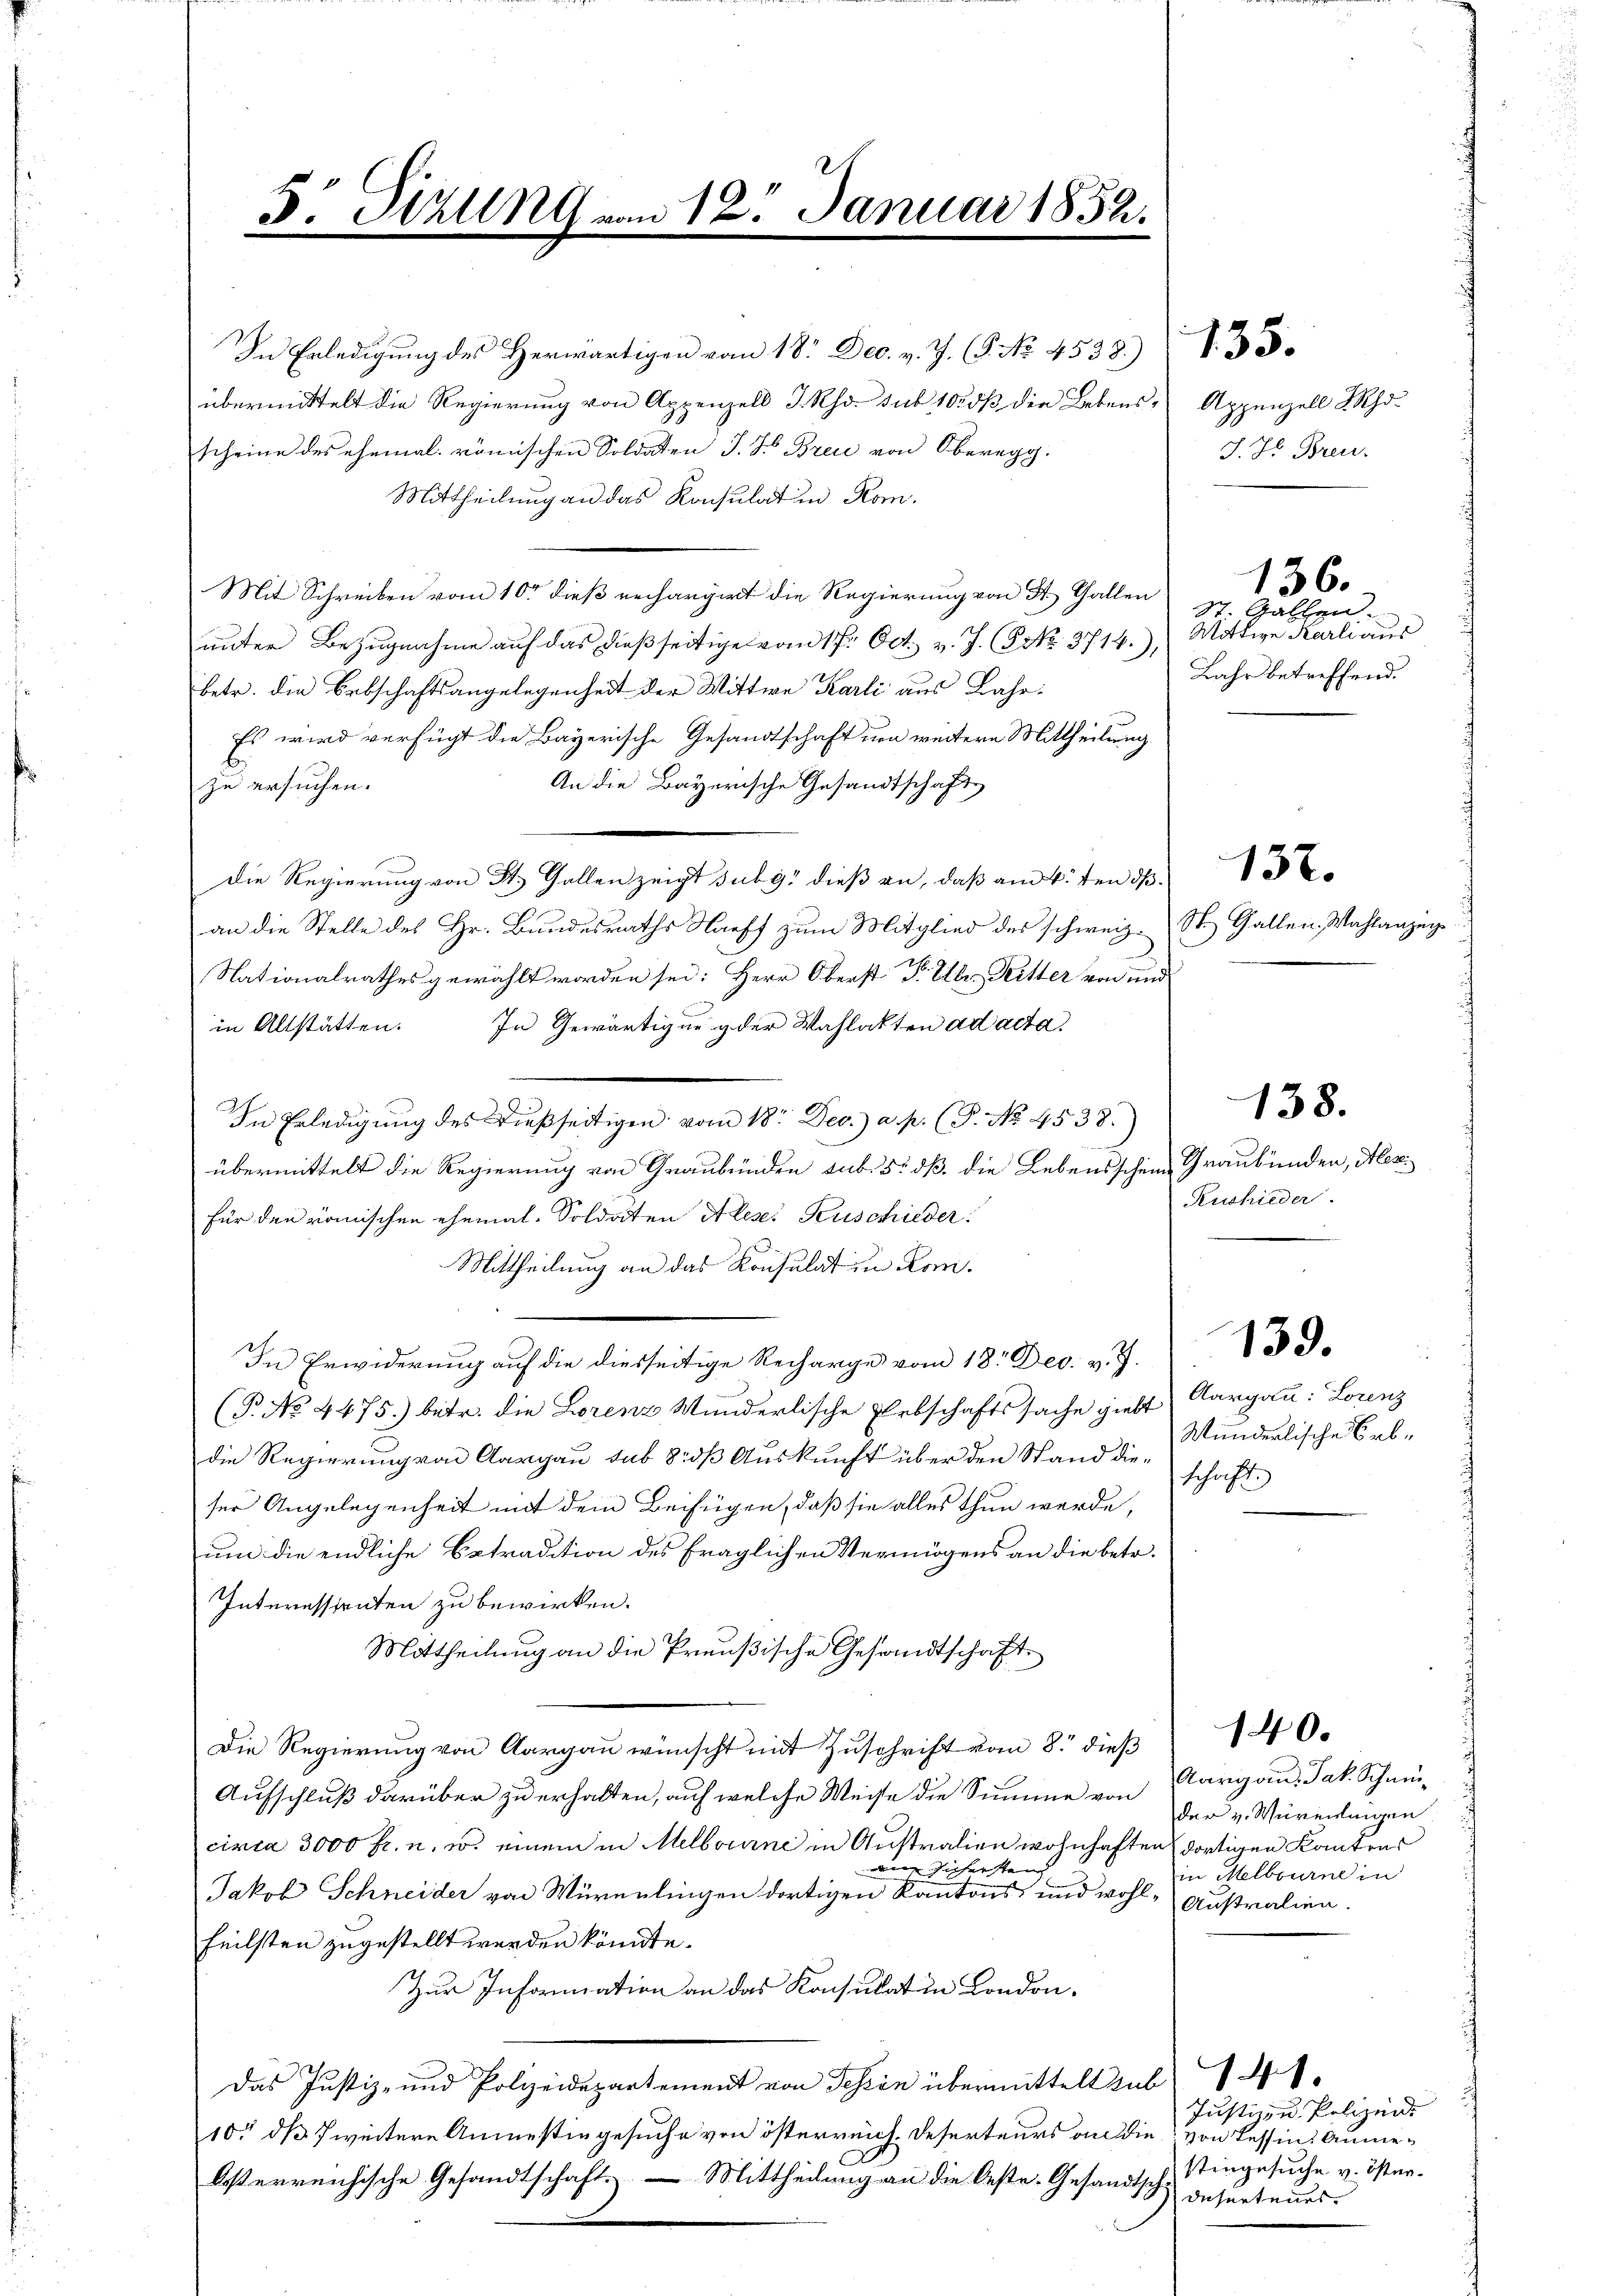
übermittelt die Regierung von Appenzell I.Rh. sub 10. dβ die Lebens, Appenzell Seh
scheine des ehemal. römischen Soldaten J. J. Brei von Oberegg.
Mittheilung an das Konsulat in Rom.
Mit Schreiben vom 10t dieß rechargirt die Regierung von A. Gallen
unter Bezugnahme auf das dießseitige vom 17. Oct. v. J. (9 No 3714.)
betr. die Erbschaftsangelegenheit der Wittwe Karli aus Lahr¬
Es wird verfügt die Bayerische Gesandtschaft um weitere Mittheilung
An die Bayerische Gesandtschaft
zu ersuchen.
Die Regierung von St. Gallen zeigt subg dieß an, daß am 4.ten d.
an die Stelle des Hr. Bundesraths Harff zum Mitglied des schweiz. St. Gallen Wahlanzen
Nationalrathes gewählt worden sei: Herr Oberst P. Ubr. Ritter von und
in Altstätten. In Gewärtigung der Wahlakten ad acta.
In Erledigung des dießseitigen vom 18ten Dec.) a. p. (T. No. 4538.)
übermittelt die Regierung von Graubünden sub. 5. dß die Lebensschein Graubünden, Mes
für den römischen ehemal-Soldaten Ales: Peuschieder
Mittheilung an das Konsulat in Kon¬
In Erwiderung auf die diesseitige Recharge vom 18. Dec. v. J.
(P. No 4475. betr. die Lorenz Wunderlische Elebschaftssache giebt
die Regierung von Aargau sub 8 ß Auskunft über den Stand dieser Angelegenheit mit dem Beifügen, daß sie alles thun werde,
um die endliche Betradition des fraglichen Vermögens an die betr.
Interessenten zu bewirken.
Mittheilung an die Preußische Gesandtschaft
Die Regierung von Aargau wünscht mit Zuschrift vom 8. dieß
Aufschluß darüber zu erhalten, auf welche Weise die Summe von
circa 3000 fr. u. w. einem in Melbourne in Australien wohnhaften dortigen Kantons
dden sichersten
Jakob Schneider von Würenlingen dortigen Kantons und wohl-Außralien.
heilsten zugestellt werden könnte.
Zur Information an das Konsulat in London.
Das Justiz- und Polizeidepartement von Tessin übermittelt sub 1
10, dß 7 weitere Anmessingesuche von österreich Deserteurs an die von Tessin Annebsterreichische Gesandtschaft. Mittheilung an die Oeste-Gesandtsch, Singesuche v. Oster¬

5: Pizlent vom 12. Januar 1852.

In Erledigŭng des Herwärtigen vom 18. Dec. v. J. (T. No. 4538. 33.

J. H. Breu-

St. Gallen.
Wittwe Karli aus
Jahr betreffend.

136.

132.

Ruchieder.

138.

Aargau: Lorenz
Munderlische Erbschaft.

139.

Aargau. Jak. Schmüder v. Würenlangen
in Melbourne in

140.

Justiz- u. Polizei
desurtenes.